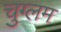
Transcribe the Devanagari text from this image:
चुग्लम